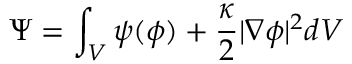
\Psi = \int _ { V } \psi ( \phi ) + \frac { \kappa } { 2 } | \nabla \phi | ^ { 2 } d V